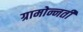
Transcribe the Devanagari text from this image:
ग्रामोन्नती